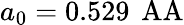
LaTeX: a_{0}=0.529\, \mathrm{\ AA}